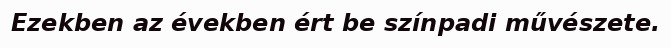
Ezekben az években ért be színpadi művészete.